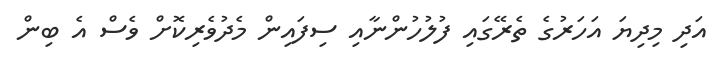
އަދި މިދިޔަ އަހަރުގެ ތެރޭގައި ފުލުހުންނާއި ސިފައިން މެދުވެރިކޮށް ވެސް އެ ބިން